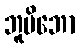
ဘူမိဘော